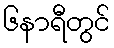
၆နာရီတွင်